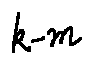
k - m